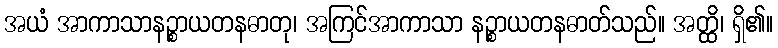
အယံ အာကာသာနဉ္စာယတနဓာတု၊ အကြင်အာကာသာ နဉ္စာယတနဓာတ်သည်။ အတ္ထိ၊ ရှိ၏။